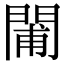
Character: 𨴪